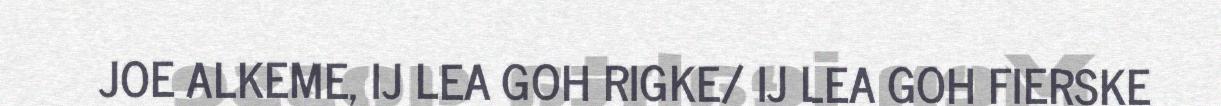
JOE ALKEME, IJ LEA GOH RIGKE/ IJ LEA GOH FIERSKE